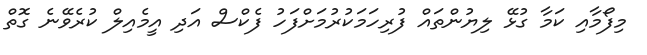
މިފޯމާއި ކަމާ ގުޅޭ ލިޔުންތައް ފުރިހަަމަކުރުމަށްފަހު ފެކްސް އަދި އީމެއިލް ކުރެވޭނެ ގޮތް